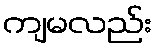
ကျမလည်း